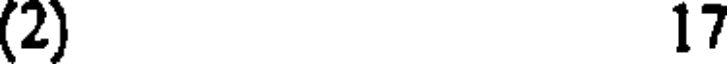
(2) 17